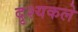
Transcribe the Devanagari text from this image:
दृश्यकले